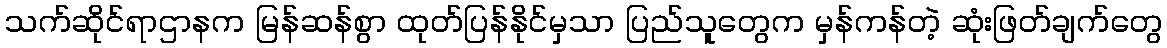
သက်ဆိုင်ရာဌာနက မြန်ဆန်စွာ ထုတ်ပြန်နိုင်မှသာ ပြည်သူတွေက မှန်ကန်တဲ့ ဆုံးဖြတ်ချက်တွေ